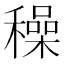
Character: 䆆